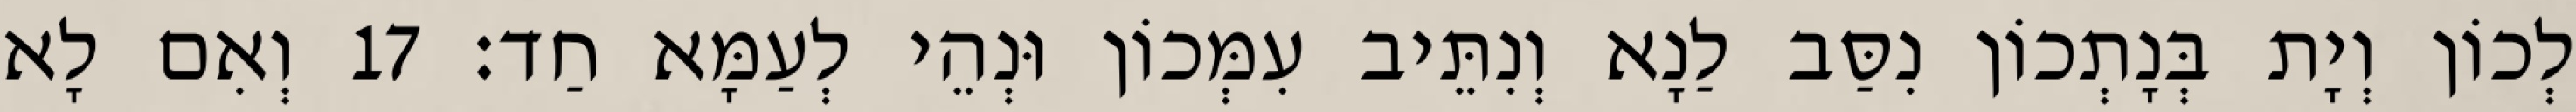
לְכוֹן וְיָת בְּנָתְכוֹן נִסַּב לַנָא וְנִתֵּיב עִמְּכוֹן וּנְהֵי לְעַמָּא חַד׃ 17 וְאִם לָא